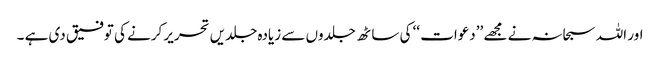
اور اللہ سبحانہ نے مجھے ’’دعوات ‘‘ کی ساٹھ جلدوں سے زیادہ جلدیں تحریر کرنے کی توفیق دی ہے ۔